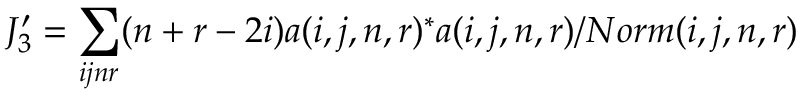
J _ { 3 } ^ { \prime } = \sum _ { i j n r } ( n + r - 2 i ) a ( i , j , n , r ) ^ { * } a ( i , j , n , r ) / N o r m ( i , j , n , r )